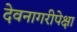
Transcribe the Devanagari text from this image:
देवनागरीपेक्षा